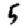
Digit: 5